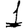
Digit: 1